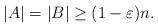
LaTeX: \begin{align*}|A|=|B|\geq (1-\varepsilon)n.\end{align*}